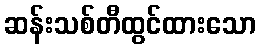
ဆန်းသစ်တီထွင်ထားသော